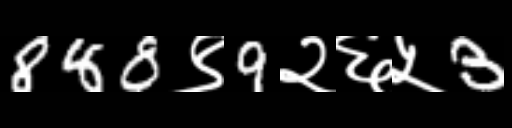
Text: 888९9२६५3